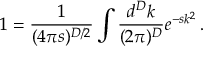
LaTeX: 1 = \frac { 1 } { ( 4 \pi s ) ^ { D / 2 } } \int \frac { d ^ { D } k } { ( 2 \pi ) ^ { D } } e ^ { - s k ^ { 2 } } \, .